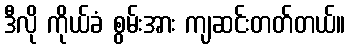
ဒီလို ကိုယ်ခံ စွမ်းအား ကျဆင်းတတ်တယ်။